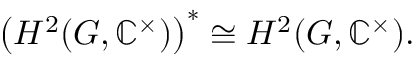
{ \bigl ( } H ^ { 2 } ( G , \mathbb { C } ^ { \times } ) { \bigr ) } ^ { * } \cong H ^ { 2 } ( G , \mathbb { C } ^ { \times } ) .